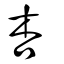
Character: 杏